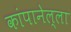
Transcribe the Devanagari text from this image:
कांपानेल्ला